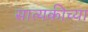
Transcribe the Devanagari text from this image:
सात्यकीच्या